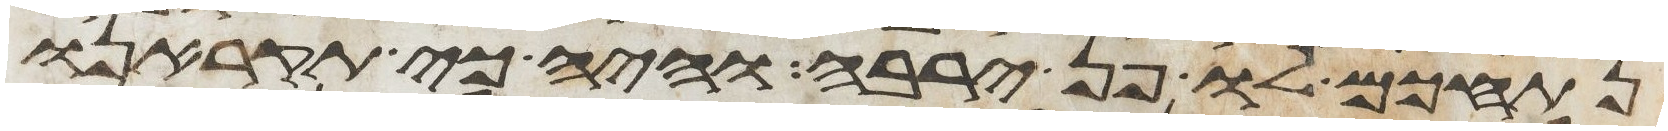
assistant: נתחכם לו פן ירבה והיה כי תקראנו